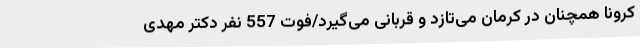
کرونا همچنان در کرمان می‌تازد و قربانی می‌گیرد/فوت 557 نفر دکتر مهدی